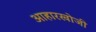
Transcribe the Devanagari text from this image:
आहारखोजी